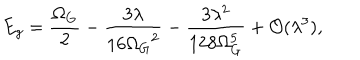
E _ { g } = \frac { \Omega _ { G } } { 2 } - \frac { 3 \lambda } { 1 6 { \Omega _ { G } } ^ { 2 } } - \frac { 3 \lambda ^ { 2 } } { 1 2 8 \Omega _ { G } ^ { 5 } } + { \cal O } ( \lambda ^ { 3 } ) ,